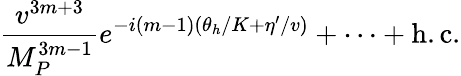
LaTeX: {\frac{v^{3m+3}}{M_{P}^{3m-1}}}e^{-i(m-1)(\theta_{h}/K+\eta^{\prime}/v)}+\cdots+\mathrm{h.c.}